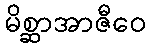
မိစ္ဆာအာဇီဝေ